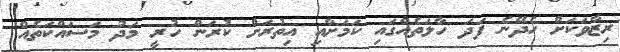
ރިޒާވަކަށް ހެދޭނެ ފަދަ ހާލަތެއްގައި ކަމަށާއި އިތުރަށް ކުރަން ހުރީ މަދު މަސައްކަތެއް